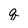
Character: q